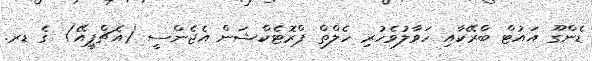
ޑެންގޫ އައުޓް ބްރޭކާއި ހަވާލުވެހުރި ހެލްތް ޕްރޮޓެކްޝަން އެޖެންސީ (އެޗްޕީއޭ) ގެ ޑރ.